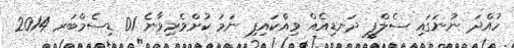
ހުއްދަ ނުނަގައި ސެލްފީ ދަނޑިއެއް ވިއްކައިފި ނަމަ ކުށްވެރިވާނެ 01 ޑިސެމްބަރ 2014